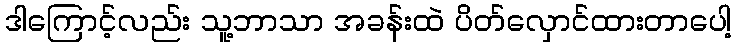
ဒါကြောင့်လည်း သူ့ဘာသာ အခန်းထဲ ပိတ်လှောင်ထားတာပေါ့